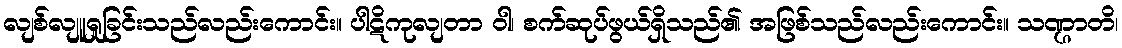
လျစ်လျူရှုခြင်းသည်လည်းကောင်း။ ပါဋိကုလျတာ ဝါ၊ စက်ဆုပ်ဖွယ်ရှိသည်၏ အဖြစ်သည်လည်းကောင်း။ သဏ္ဌာတိ၊